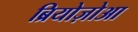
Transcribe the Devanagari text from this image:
ब्रियोज़ोआ